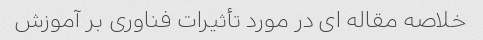
خلاصه مقاله ای در مورد تأثیرات فناوری بر آموزش